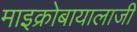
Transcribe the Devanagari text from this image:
माइक्रोबायालाजी